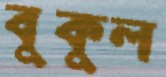
বুকুল